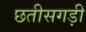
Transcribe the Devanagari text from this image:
छतीसगड़ी